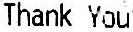
THANK YOU